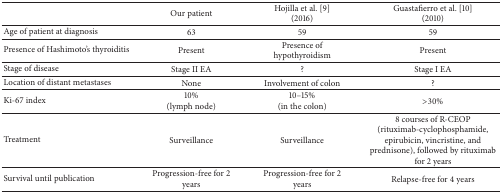
|  | Our patient | Hojilla et al. [9](2016) | Guastafierro et al. [10](2010) |
 | --- | --- | --- | --- |
 | Age of patient at diagnosis | 63 | 59 | 59 |
 | Presence of Hashimoto's thyroiditis | Present | Presence of hypothyroidism | Present |
 | Stage of disease | Stage II EA | ? | Stage I EA |
 | Location of distant metastases | None | Involvement of colon | ? |
 | Ki-67 index | 10%(lymph node) | 10–15%(in the colon) | >30% |
 | Treatment | Surveillance | Surveillance | 8 courses of R-CEOP (rituximab-cyclophosphamide, epirubicin, vincristine, and prednisone), followed by rituximab for 2 years |
 | Survival until publication | Progression-free for 2 years | Progression-free for 2 years | Relapse-free for 4 years |